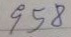
958